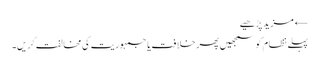
← مزید پڑھیے
پہلے نظام کو سمجھیں پھر خلافت یا جمہوریت کی مخالفت کریں۔